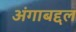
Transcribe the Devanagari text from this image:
अंगाबद्दल